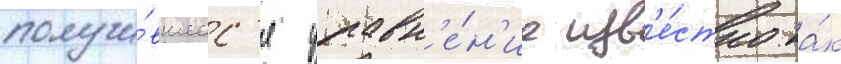
получи́вшеес'я уравн'е́н'ие изв'е́стно ка́к